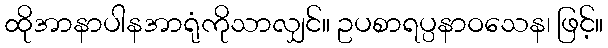
ထိုအာနာပါနအာရုံကိုသာလျှင်။ ဥပစာရပ္ပနာဝသေန၊ ဖြင့်။